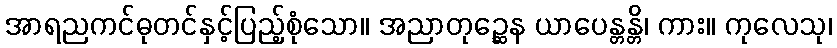
အာရညကင်ဓုတင်နှင့်ပြည့်စုံသော။ အညာတုဉ္ဆေန ယာပေန္တန္တိ၊ ကား။ ကုလေသု၊